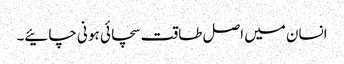
انسان میں اصل طاقت سچائی ہو نی چائیے۔